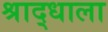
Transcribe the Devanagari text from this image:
श्राद्धाला